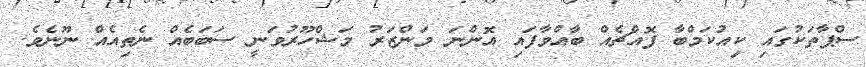
ސްޕާތަކުގައި ކިއުކަމްބާ ފޮއްޗެއް ބާއްވާފައި އޮންނަ މަންޒަރު މަޝްހޫރުވަނީ ސަބަބެއް ނެތިއެއް ނޫނެވެ.